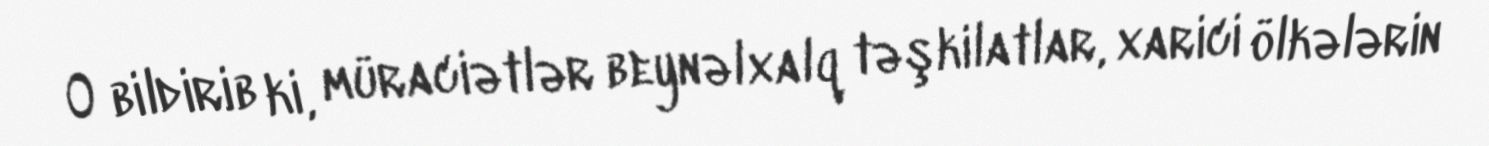
O bildirib ki, müraciətlər beynəlxalq təşkilatlar, xarici ölkələrin